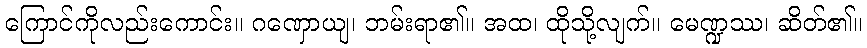
ကြောင်ကိုလည်းကောင်း။ ဂဏှောယျ၊ ဘမ်းရာ၏။ အထ၊ ထိုသို့လျက်။ မေဏ္ဍဿ၊ ဆိတ်၏။